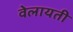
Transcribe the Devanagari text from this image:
वेलायती